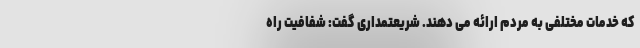
که خدمات مختلفی به مردم ارائه می دهند. شریعتمداری گفت: شفافیت راه